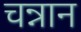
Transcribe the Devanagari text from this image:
चन्नान